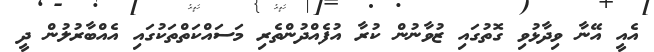
އެއީ އޭނާ ވިދާޅުވި ގޮތުގައި ޒުވާނުން ކުރާ އުފެއްދުންތެރި މަސައްކަތްތަކުގައި އެއްބާރުލުން ދީ